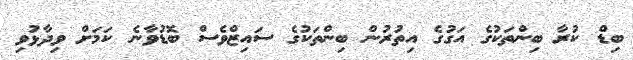
ބިޑް ކުރާ ބިންތަކުގެ އަގުގެ އިތުރުން ބިންތަކުގެ ސައިޒްވެސް ބޮޑުވާނެ ކަމަށް ވިދާޅުވި